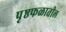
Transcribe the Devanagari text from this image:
पृष्ठफळातील